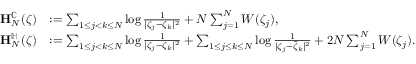
\begin{array} { r l } { \mathbf { H } _ { N } ^ { \mathbb { C } } ( \boldsymbol { \zeta } ) } & { : = \sum _ { 1 \le j < k \le N } \log \frac { 1 } { | \zeta _ { j } - \zeta _ { k } | ^ { 2 } } + N \sum _ { j = 1 } ^ { N } W ( \zeta _ { j } ) , } \\ { \mathbf { H } _ { N } ^ { \mathbb { H } } ( \boldsymbol { \zeta } ) } & { : = \sum _ { 1 \le j < k \le N } \log \frac { 1 } { | \zeta _ { j } - \zeta _ { k } | ^ { 2 } } + \sum _ { 1 \le j \le k \le N } \log \frac { 1 } { | \zeta _ { j } - \bar { \zeta } _ { k } | ^ { 2 } } + 2 N \sum _ { j = 1 } ^ { N } W ( \zeta _ { j } ) . } \end{array}